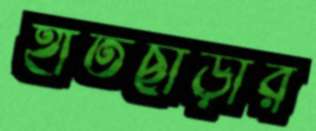
হাতছাড়ার